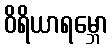
ဝိရိယာရမ္ဘော